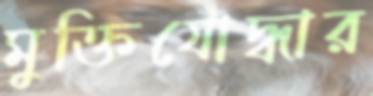
মুক্তিযোদ্ধার